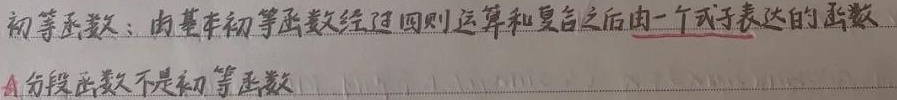
初等函数：由基本初等函数经过四则运算和复合之后由一个式子表达的函数
注：分段函数不是初等函数